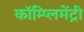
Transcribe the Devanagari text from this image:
कॉम्‍प्‍लिमेंट्री